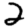
Digit: 2